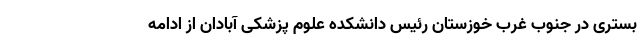
بستری در جنوب غرب خوزستان رئیس دانشکده علوم پزشکی آبادان از ادامه